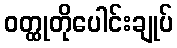
ဝတ္ထုတိုပေါင်းချုပ်